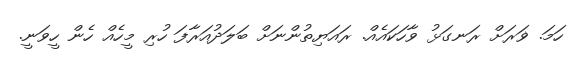
ހަމަ. ޥަރަށް ރަނގަޅު ވާހަކައެއް. ރައަޔިތުންނަށް ބަލަދުއަރާފަ ހުރި މީހެއް ހެން ހީވަނީ.